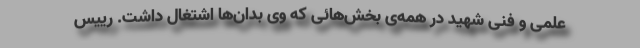
علمی و فنی شهید در همه‌ی بخش‌هائی که وی بدان‌ها اشتغال داشت. رییس